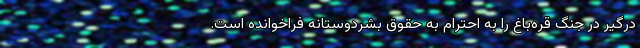
درگیر در جنگ قره‌باغ را به احترام به حقوق بشردوستانه فراخوانده است.